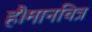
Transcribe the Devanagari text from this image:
हैं।मानचित्र